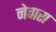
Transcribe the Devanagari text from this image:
नेवास